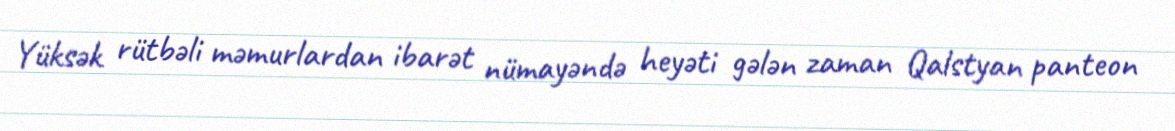
Yüksək rütbəli məmurlardan ibarət nümayəndə heyəti gələn zaman Qalstyan panteon